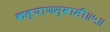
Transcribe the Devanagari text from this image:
कल्याणस्वामी॥५॥